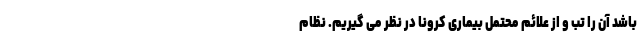
باشد آن را تب و از علائم محتمل بیماری کرونا در نظر می گیریم. نظام